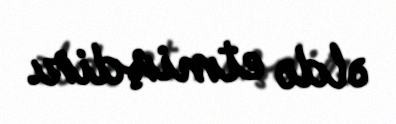
əldə etmişdir.